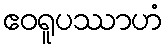
ဧဝရူပဿာဟံ